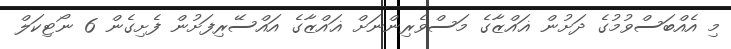
މި އެއްބަސްވުމުގެ ދަށުން ޣައްޒާގެ މަސްވެރިންނަށް ޣައްޒާގެ އައްސޭރިފަށުން ފެށިގެން 6 ނޯޓިކަލް